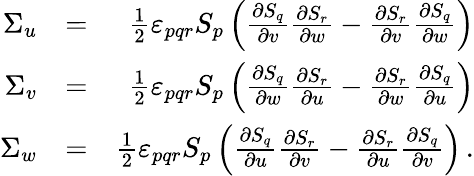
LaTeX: \begin{array}{rlr}{\Sigma_{u}}&{=}&{\frac{1}{2}\varepsilon_{pqr}S_{p}\left(\frac{\partial S_{q}}{\partial v}\frac{\partial S_{r}}{\partial w}-\frac{\partial S_{r}}{\partial v}\frac{\partial S_{q}}{\partial w}\right)}\\ {\Sigma_{v}}&{=}&{\frac{1}{2}\varepsilon_{pqr}S_{p}\left(\frac{\partial S_{q}}{\partial w}\frac{\partial S_{r}}{\partial u}-\frac{\partial S_{r}}{\partial w}\frac{\partial S_{q}}{\partial u}\right)}\\ {\Sigma_{w}}&{=}&{\frac{1}{2}\varepsilon_{pqr}S_{p}\left(\frac{\partial S_{q}}{\partial u}\frac{\partial S_{r}}{\partial v}-\frac{\partial S_{r}}{\partial u}\frac{\partial S_{q}}{\partial v}\right)\, .}\end{array}